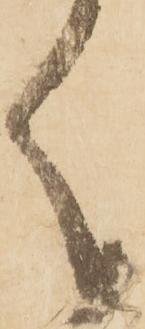
く